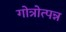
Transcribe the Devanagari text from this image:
गोत्रोत्पन्न